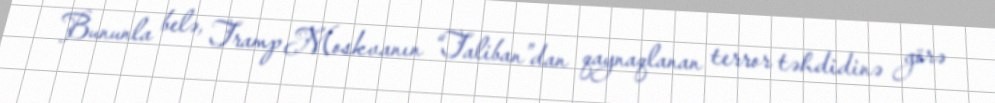
Bununla belə, Tramp Moskvanın “Taliban”dan qaynaqlanan terror təhdidinə görə